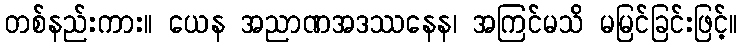
တစ်နည်းကား။ ယေန အညာဏအဒဿနေန၊ အကြင်မသိ မမြင်ခြင်းဖြင့်။